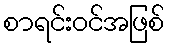
စာရင်းဝင်အဖြစ်